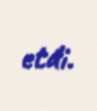
etdi.